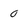
Character: 0